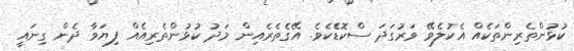
ކުޅުންތެރިންތަކެއް އެކުލެވޭ ވަރުގަދަ ސްކޮޑެެކެވެ. އޭގެތެރެއިން މަދު ކުޅުންތެރިއެއް ފިޔަވާ ދެން ގިނައީ